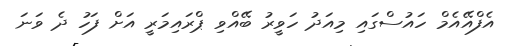
އެފްއޭއެމް ހައުސްގައި މިއަދު ހަވީރު ބޭއްވި ޕްރައިމަރީ އަށް ފަހު ދެ ވަނަ